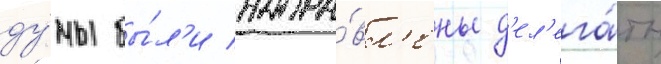
ду́мы бы́л'и напра́вл'ены д'ел'ега́ты